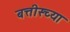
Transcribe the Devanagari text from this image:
बत्तीस्च्या